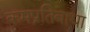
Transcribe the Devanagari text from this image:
कमप्रतिबाधा